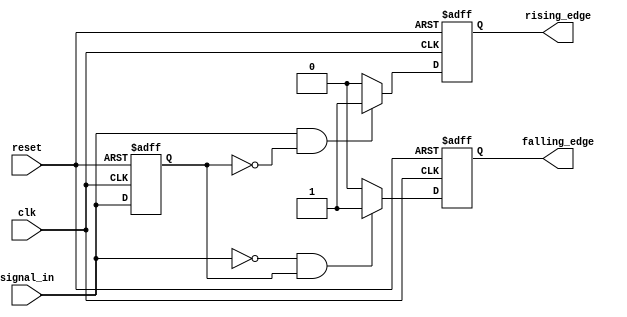
module dual_edge_detector (
    input wire clk,                // Clock signal
    input wire reset,              // Asynchronous reset signal
    input wire signal_in,          // Input signal for edge detection
    output reg rising_edge,        // Output flag for rising edge detection
    output reg falling_edge        // Output flag for falling edge detection
);

    reg signal_in_prev;            // Register to hold the previous state of signal_in

    // Asynchronous reset and state update on the clock's rising edge
    always @(posedge clk or posedge reset) begin
        if (reset) begin
            signal_in_prev <= 1'b0; // Initialize previous state to 0
            rising_edge <= 1'b0;     // Clear rising edge flag
            falling_edge <= 1'b0;    // Clear falling edge flag
        end else begin
            // Rising edge detection
            if (signal_in && !signal_in_prev) begin
                rising_edge <= 1'b1;  // Set rising edge flag
            end else begin
                rising_edge <= 1'b0;   // Clear rising edge flag
            end
            
            // Falling edge detection
            if (!signal_in && signal_in_prev) begin
                falling_edge <= 1'b1;  // Set falling edge flag
            end else begin
                falling_edge <= 1'b0;   // Clear falling edge flag
            end
            
            // Update previous state
            signal_in_prev <= signal_in; // Store current state for next clock cycle
        end
    end

endmodule